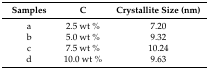
<table><thead><tr><td><b>Samples</b></td><td><b>C</b></td><td><b>Crystallite Size (nm)</b></td></tr></thead><tbody><tr><td>a</td><td>2.5 wt %</td><td>7.20</td></tr><tr><td>b</td><td>5.0 wt %</td><td>9.32</td></tr><tr><td>c</td><td>7.5 wt %</td><td>10.24</td></tr><tr><td>d</td><td>10.0 wt %</td><td>9.63</td></tr></tbody></table>